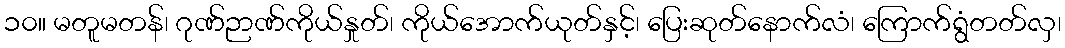
၁၀။ မတူမတန်၊ ဂုဏ်ဉာဏ်ကိုယ်နှုတ်၊ ကိုယ်အောက်ယုတ်နှင့်၊ ပြေးဆုတ်နောက်လံ၊ ကြောက်ရွံတတ်လှ၊